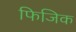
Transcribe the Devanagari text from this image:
फिजिक